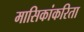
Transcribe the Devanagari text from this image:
मासिकांकरिता